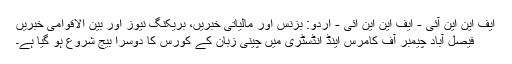
ایف این این آئی - ایف این این ائی - اردو: بزنس اور مالیاتی خبریں، بریکنگ نیوز اور بین الاقوامی خبریں
فیصل آباد چیمبر آف کامرس اینڈ انڈسٹری میں چینی زبان کے کورس کا دوسرا بیج شروع ہو گیا ہے۔